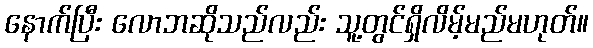
နောက်ပြီး လောဘဆိုသည်လည်း သူ့တွင်ရှိလိမ့်မည်မဟုတ်။